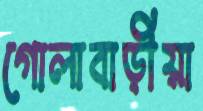
গোলাবাড়ীয়া